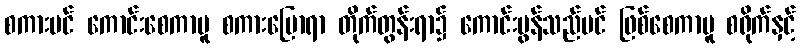
စကားပင် ကောင်းစေကာမူ စကားပြောရာ တိုက်တွန်းရာ၌ ကောင်းမွန်သည်ပင် ဖြစ်စေကာမူ စရိုက်နှင့်